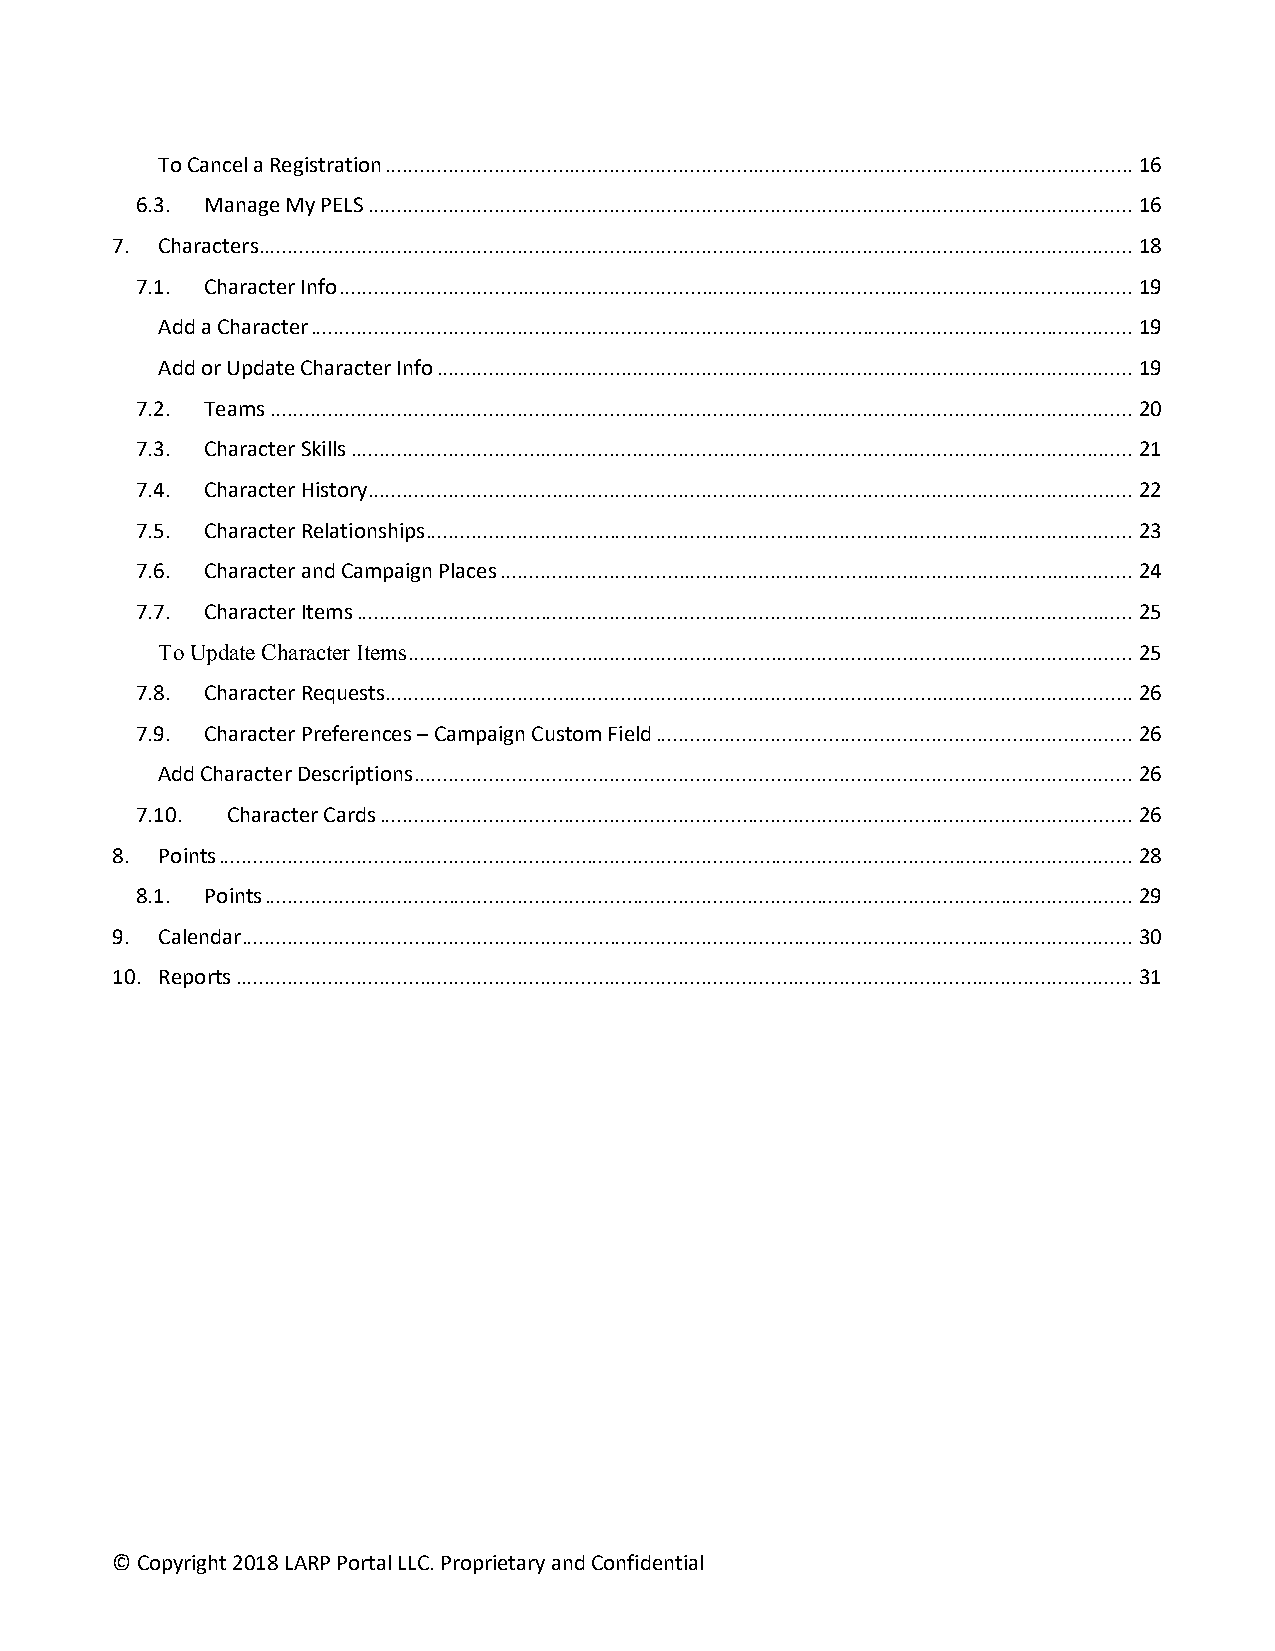
To Cancel a Registration .................................................................................................................................. 16
 6.3. Manage My PELS ..................................................................................................................................... 16
 7. Characters ........................................................................................................................................................ 18
 7.1. Character Info .......................................................................................................................................... 19
 Add a Character ............................................................................................................................................... 19
 Add or Update Character Info ......................................................................................................................... 19
 7.2. Teams ...................................................................................................................................................... 20
 7.3. Character Skills ........................................................................................................................................ 21
 7.4. Character History ..................................................................................................................................... 22
 7.5. Character Relationships ........................................................................................................................... 23
 7.6. Character and Campaign Places .............................................................................................................. 24
 7.7. Character Items ....................................................................................................................................... 25
 To Update Character Items .............................................................................................................................. 25
 7.8. Character Requests.................................................................................................................................. 26
 7.9. Character Preferences – Campaign Custom Field ................................................................................... 26
 Add Character Descriptions ............................................................................................................................. 26
 7.10. Character Cards ................................................................................................................................... 26
 8. Points ............................................................................................................................................................... 28
 8.1. Points ....................................................................................................................................................... 29
 9. Calendar ........................................................................................................................................................... 30
 10. Reports ............................................................................................................................................................ 31
 © Copyright 2018 LARP Portal LLC. Proprietary and Confidential